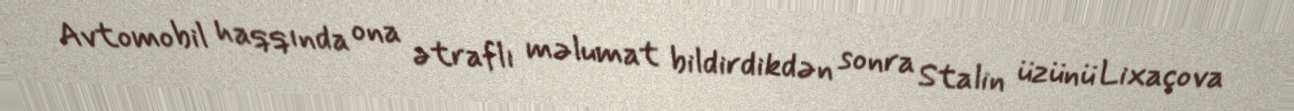
Avtomobil haqqında ona ətraflı məlumat bildirdikdən sonra Stalin üzünü Lixaçova